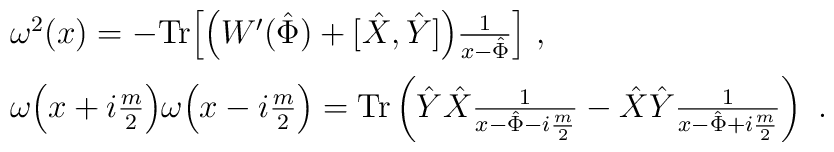
\begin{array}{ccl}\vspace{.2cm}&& \omega^2(x)= - {\rm Tr}\Big[\Big(W'(\hat \Phi)+[\hat X,\hat Y]\Big)\frac1{x-\hat\Phi}\Big] \ ,\\ && \omega\Big(x+i\frac m2\Big)\omega\Big(x-i\frac m2\Big)={\rm Tr}\left(\hat Y\hat X\frac1{x-\hat\Phi-i\frac m2}-\hat X\hat Y\frac1{x-\hat\Phi+i\frac m2}\right)\ . \end{array}